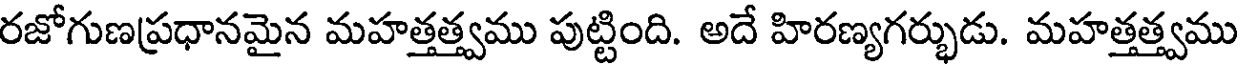
రజోగుణప్రధానమైన మహత్తత్త్వము పుట్టింది. అదే హిరణ్యగర్భుడు. మహత్తత్త్వము